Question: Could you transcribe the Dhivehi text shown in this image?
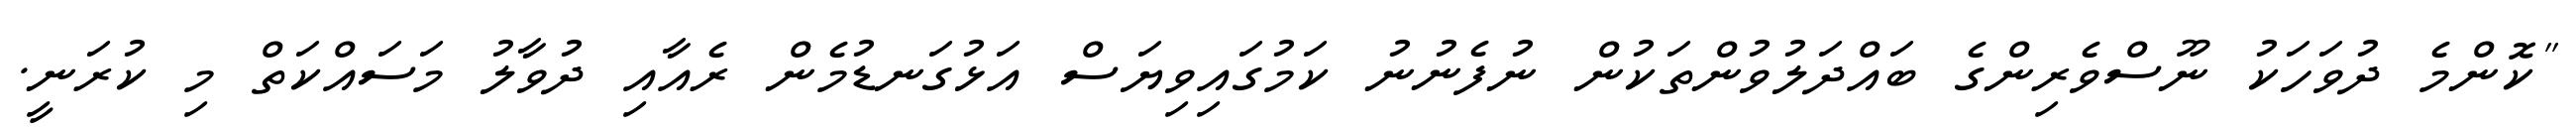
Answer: "ކޮންމެ ދުވަހަކު ނޫސްވެރިންގެ ބައްދަލުވުންތަކުން ނުފެނުނު ކަމުގައިވިޔަސް އަޅުގަނޑުމެން ރެއާއި ދުވާލު މަސައްކަތް މި ކުރަނީ.